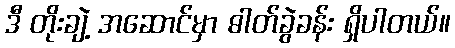
ဒီ တိုးချဲ့ အဆောင်မှာ ဓါတ်ခွဲခန်း ရှိပါတယ်။